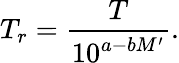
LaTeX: T_{r}=\frac{T}{10^{a-bM^{\prime}}}.